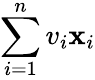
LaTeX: \sum_{i=1}^{n}v_{i}\mathbf{x}_{i}